Account of plague administration in the Bombay Presidency from September 1896 till May 1897
Year: 1896
Disease focus: Plague
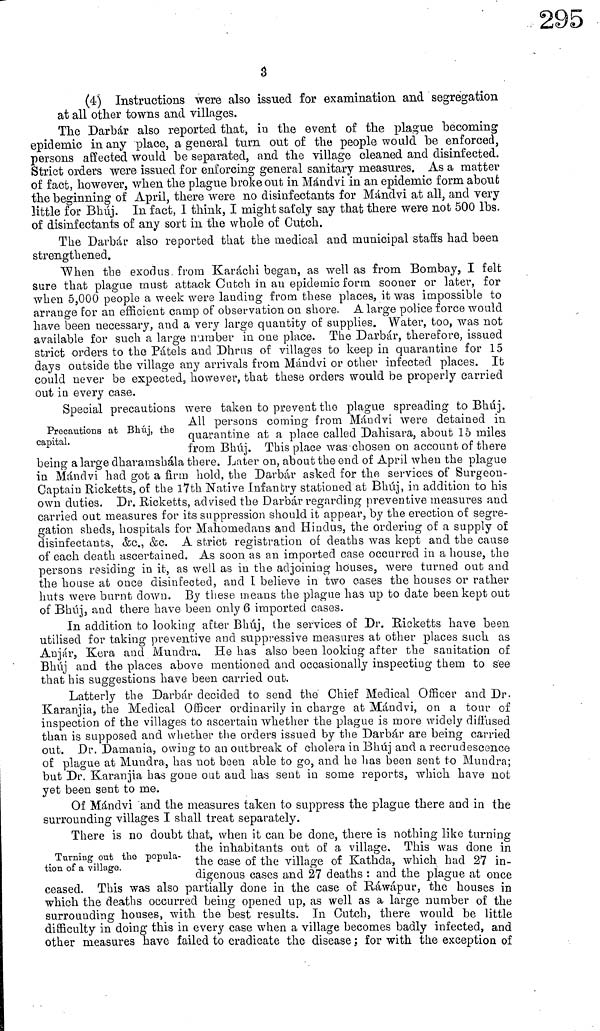
3
(4) Instructions were also issued for examination and segregation
at all other towns and villages.
The Darbár also reported that, in the event of the plagne becoming
epidemic in any place, a general turn out of the people would be enforced,
persons affected would be separated, and the village cleaned and disinfected.
Strict orders were issued for enforcing general sanitary measures. As a matter
of fact, however, when the plague broke out in Mándvi in an epidemic form about
the beginning of April, there were no disinfectants for Mándvi at all, and very
little for Bhúj. In fact, 1 think, I might sai'ely say that there were nob 500 Ibs.
of disinfectants of any sort in the whole of Cutch.
The Darbár also reported that the medical and municipal staffs had been
strengthened.
When the exodus, from Karachi began, as well as from Bombay, I felt
sure that plague must attack Cutch in au epidemic form sooner or later, for
when 5,000 people a week were landing from these places, it was impossible to
arrange for an efficient camp of observation on shore. A large police force would
have been necessary, and a very large quantity of supplies. Water, too, was not
available for such a large number in one place. The Darbár, therefore, issued
strict orders to the Pátels and Dhrus of villages to keep in quarantine for 15
days outside the village any arrivals from Mándvi or other infected places. It
could never be expected, however, that these orders would be properly carried
out in every case.
Precautions at Bhúj, the
capital.
Special precautions were taken to prevent the plague spreading to Bhúj.
All persons coming from Mándvi were detained in
quarantine at a place called Dahisara, about 15 miles
from Bhúj. This place was chosen on account of there
being a large dháramshala there. Later on, about the end of April when the plague
in Mándvi had got a firm hold, the Darbár asked for the services of Surgeon-
Captain Ricketts, of the l7th Native Infantry stationed at Bhúj, in addition to his
own duties. Dr. Ricketts, advised the Darbár regarding preventive measures and
carried out measures for its suppression should it appear, by the erection of segre-
gation sheds, hospitals for Mahornedans and Hindus, the ordering of a supply of
disinfectants, &c., &c. A strict registration of deaths was kept and the cause
of each death ascertained. As soon as an imported case occurred in a house, the
persons residing in it, as well as in the adjoining houses, were turned out and
the house at once disinfected, and I believe in two cases the houses or rather
huts were burnt down. By these means the plague has up to date been kept out
of Bhúj and there have been only 6 imported cases.
In addition to looking after Bhúj, the services of Dr. Hicketts have been
utilised for taking preventive and suppressive measures at other places such as
Anjár, Kera and Mundra. He has also been looking after the sanitation of
Bhúj and the places above mentioned and occasionally inspecting them to see
that his suggestions have been carried out.
Latterly the Darbár decided to send the Chief Medical Officer and Dr.
Karanjia, the Medical Officer ordinarily in charge at Mándvi, on a tour of
inspection of the villages to ascertain whether the plague is more widely diffused
than is supposed and whether the orders issued by the Darbár are being carried
out. Dr. Damauia, owing to an outbreak of cholera in Bhúj and a recrudescence
of plague at Mundra, has not been able to go, and he has been sent to Mundra;
but Dr. Karanjia has gone out and has sent in some reports, which have not
yet been sent to me.
Of Mándvi and the measures taken to suppress the plague there and in the
surrounding villages I shall treat separately.
Turning out the popula-
tion of a village.
There is no doubt that, when it can be done, there is nothing like turning
tue inhabitants out of a village. This was done in
the case of the village of Kathda, which had 27 in-
digenous cases and 27 deaths : and the plague at once
ceased. This was also partially done in the case of Ráwápur, the houses in
which the deaths occurred being opened up, as well as a large number of the
surrounding houses, with the best results. In Cutch, there would be little
difficulty in doing this in every case when a village becomes badly infected, and
other measures have failed to eradicate the disease ; for with the exception of